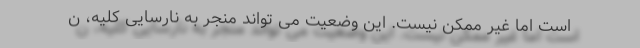
است اما غیر ممکن نیست. این وضعیت می تواند منجر به نارسایی کلیه، ن